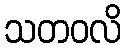
သတဝလိ